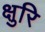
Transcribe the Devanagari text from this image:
क्षुरि